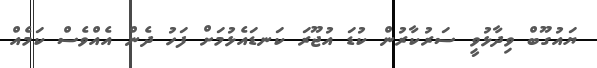
ޔައުގޫބް ވިދާޅުވީ ސަރުކާރުން ކުޑަ އުޖޫރަ ކަނޑައެޅުމަށް ފަހު ދެން އެއްވެސް ކަމެއް